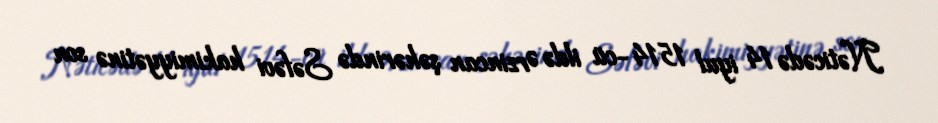
Nəticədə 14 iyul 1514-cü ildə Ərzincan şəhərində Səfəvi hakimiyyətinə son